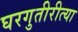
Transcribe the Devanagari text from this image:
घरगुतीरीत्या